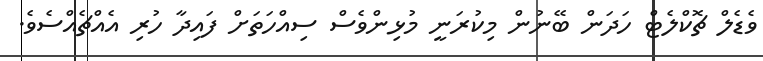
ވެޑެލް ޗޮކްލެޓް ހަދަން ބޭނުން މިކުރަނީ މުޅިންވެސް ސިއްހަތަށް ފައިދާ ހުރި އެއްޗެއްސެވެ.